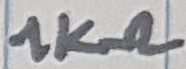
Text: 1KΩ